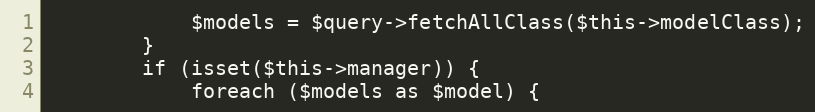
Language: PHP
            $models = $query->fetchAllClass($this->modelClass);
        }
        if (isset($this->manager)) {
            foreach ($models as $model) {